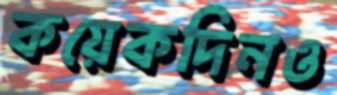
কয়েকদিনও